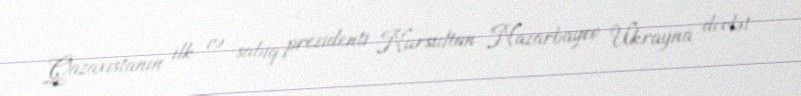
Qazaxıstanın ilk və sabiq prezidenti Nursultan Nazarbayev Ukrayna dövlət